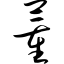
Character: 董